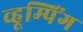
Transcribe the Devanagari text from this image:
व्हूम्पिंग